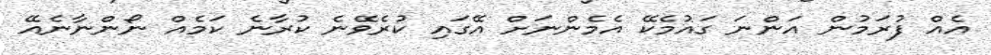
އެއް ފުރަމުން އަންނަ ގައުމެކޭ އެމެންނަށް އޭގައި ކުރެވޭނެ ކުރާނެ ކަމެއް ނޯންނާނެއޭ